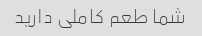
شما طعم کاملی دارید